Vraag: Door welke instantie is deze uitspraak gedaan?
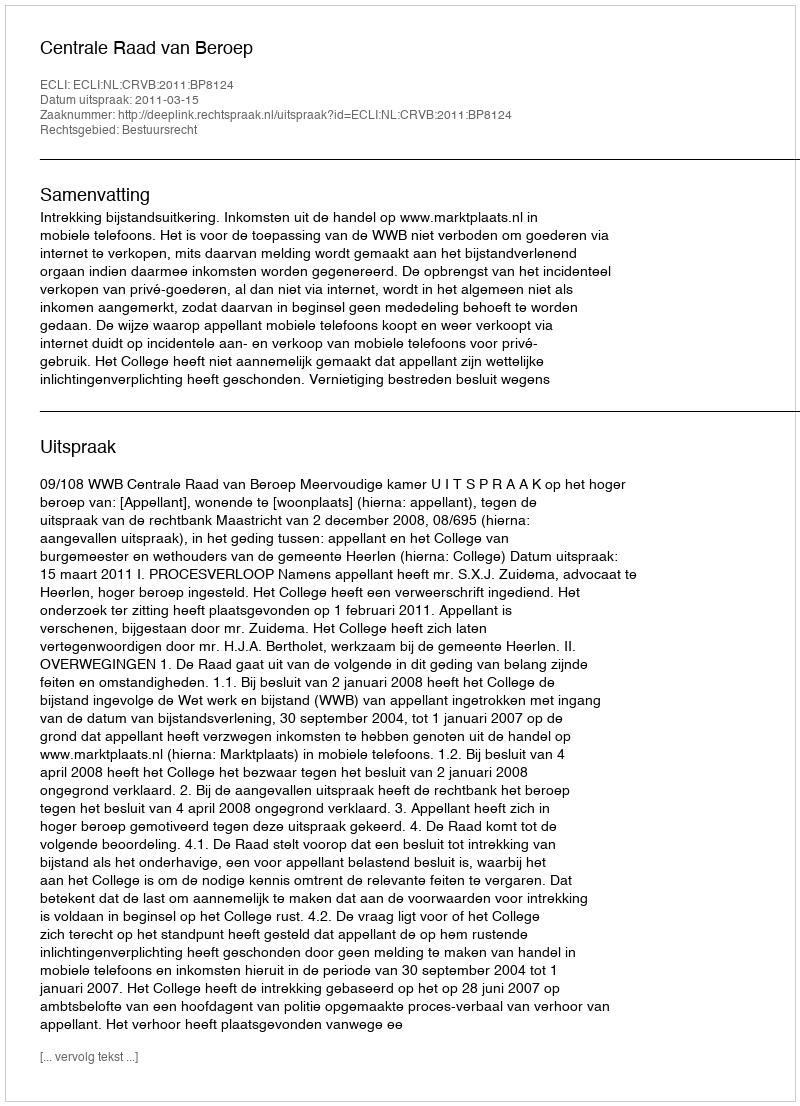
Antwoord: Centrale Raad van Beroep